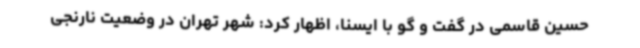
حسین قاسمی در گفت و گو با ایسنا، اظهار کرد: شهر تهران در وضعیت نارنجی